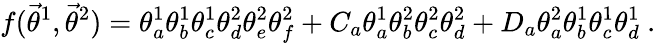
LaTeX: f({\vec{\theta}}^{1},{\vec{\theta}}^{2})=\theta_{a}^{1}\theta_{b}^{1}\theta_{c}^{1}\theta_{d}^{2}\theta_{e}^{2}\theta_{f}^{2}+C_{a}\theta_{a}^{1}\theta_{b}^{2}\theta_{c}^{2}\theta_{d}^{2}+D_{a}\theta_{a}^{2}\theta_{b}^{1}\theta_{c}^{1}\theta_{d}^{1}\ .